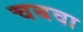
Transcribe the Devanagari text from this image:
चबवा